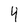
Character: 4